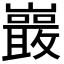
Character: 𭗭